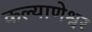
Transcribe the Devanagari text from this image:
कल्याणेश्वर